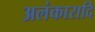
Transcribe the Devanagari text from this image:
अलंकारादि